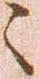
々